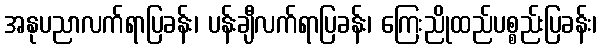
အနုပညာလက်ရာပြခန်း၊ ပန်းချီလက်ရာပြခန်း၊ ကြေးညိုထည်ပစ္စည်းပြခန်း၊